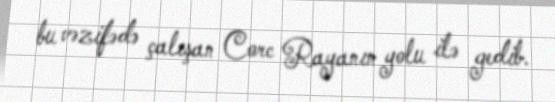
bu vəzifədə çalışan Corc Rayanın yolu ilə gedib.